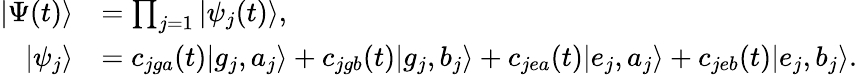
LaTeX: \begin{array}{rl}{|\Psi(t)\rangle}&{=\prod_{j=1}|\psi_{j}(t)\rangle,}\\ {|\psi_{j}\rangle}&{=c_{jga}(t)|g_{j},a_{j}\rangle+c_{jgb}(t)|g_{j},b_{j}\rangle+c_{jea}(t)|e_{j},a_{j}\rangle+c_{jeb}(t)|e_{j},b_{j}\rangle.}\end{array}